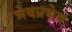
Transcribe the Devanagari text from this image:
भेदप्रभेद